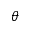
\theta